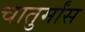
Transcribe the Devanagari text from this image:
चातुर्मांस